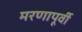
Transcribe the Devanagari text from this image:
मरणापूर्वी